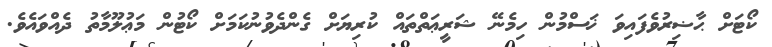
ކޯޓަށް ޙާޟިރުވެފައިވަ ޚަސްމުން ހިމެނޭ ޝަރީޢަތްތައް ކުރިޔަށް ގެންދެވުނުކަމަށް ކޯޓުން މަޢުލޫމާތު ދެއްވައެވެ.